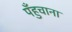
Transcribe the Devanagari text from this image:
पँहुचाना